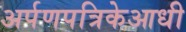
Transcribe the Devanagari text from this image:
अर्पणपत्रिकेआधी